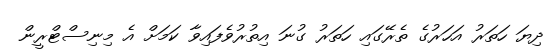
ދިޔަ ހަތަރު އަހަރުގެ ތެރޭގައި ހަތަރު ގުނަ އިތުރުވެފައިވާ ކަމަށް އެ މިނިސްޓްރީން